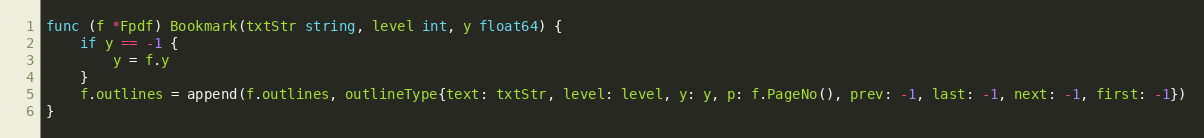
Language: Go
func (f *Fpdf) Bookmark(txtStr string, level int, y float64) {
	if y == -1 {
		y = f.y
	}
	f.outlines = append(f.outlines, outlineType{text: txtStr, level: level, y: y, p: f.PageNo(), prev: -1, last: -1, next: -1, first: -1})
}